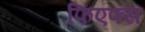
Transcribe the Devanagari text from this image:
फिएफ्स